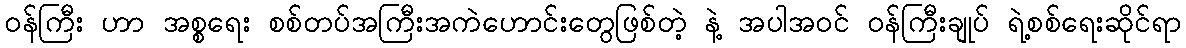
ဝန်ကြီး ဟာ အစ္စရေး စစ်တပ်အကြီးအကဲဟောင်းတွေဖြစ်တဲ့ နဲ့ အပါအဝင် ဝန်ကြီးချုပ် ရဲ့စစ်ရေးဆိုင်ရာ